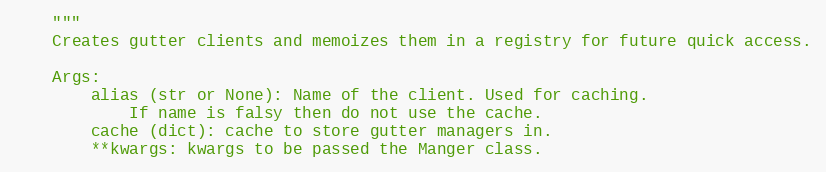
Language: Python
    """
    Creates gutter clients and memoizes them in a registry for future quick access.

    Args:
        alias (str or None): Name of the client. Used for caching.
            If name is falsy then do not use the cache.
        cache (dict): cache to store gutter managers in.
        **kwargs: kwargs to be passed the Manger class.